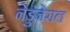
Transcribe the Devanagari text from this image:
नेडुंजेराल